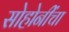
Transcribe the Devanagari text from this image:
सोहोनींंचा